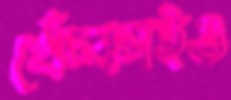
খেঁচ্‌কাইও